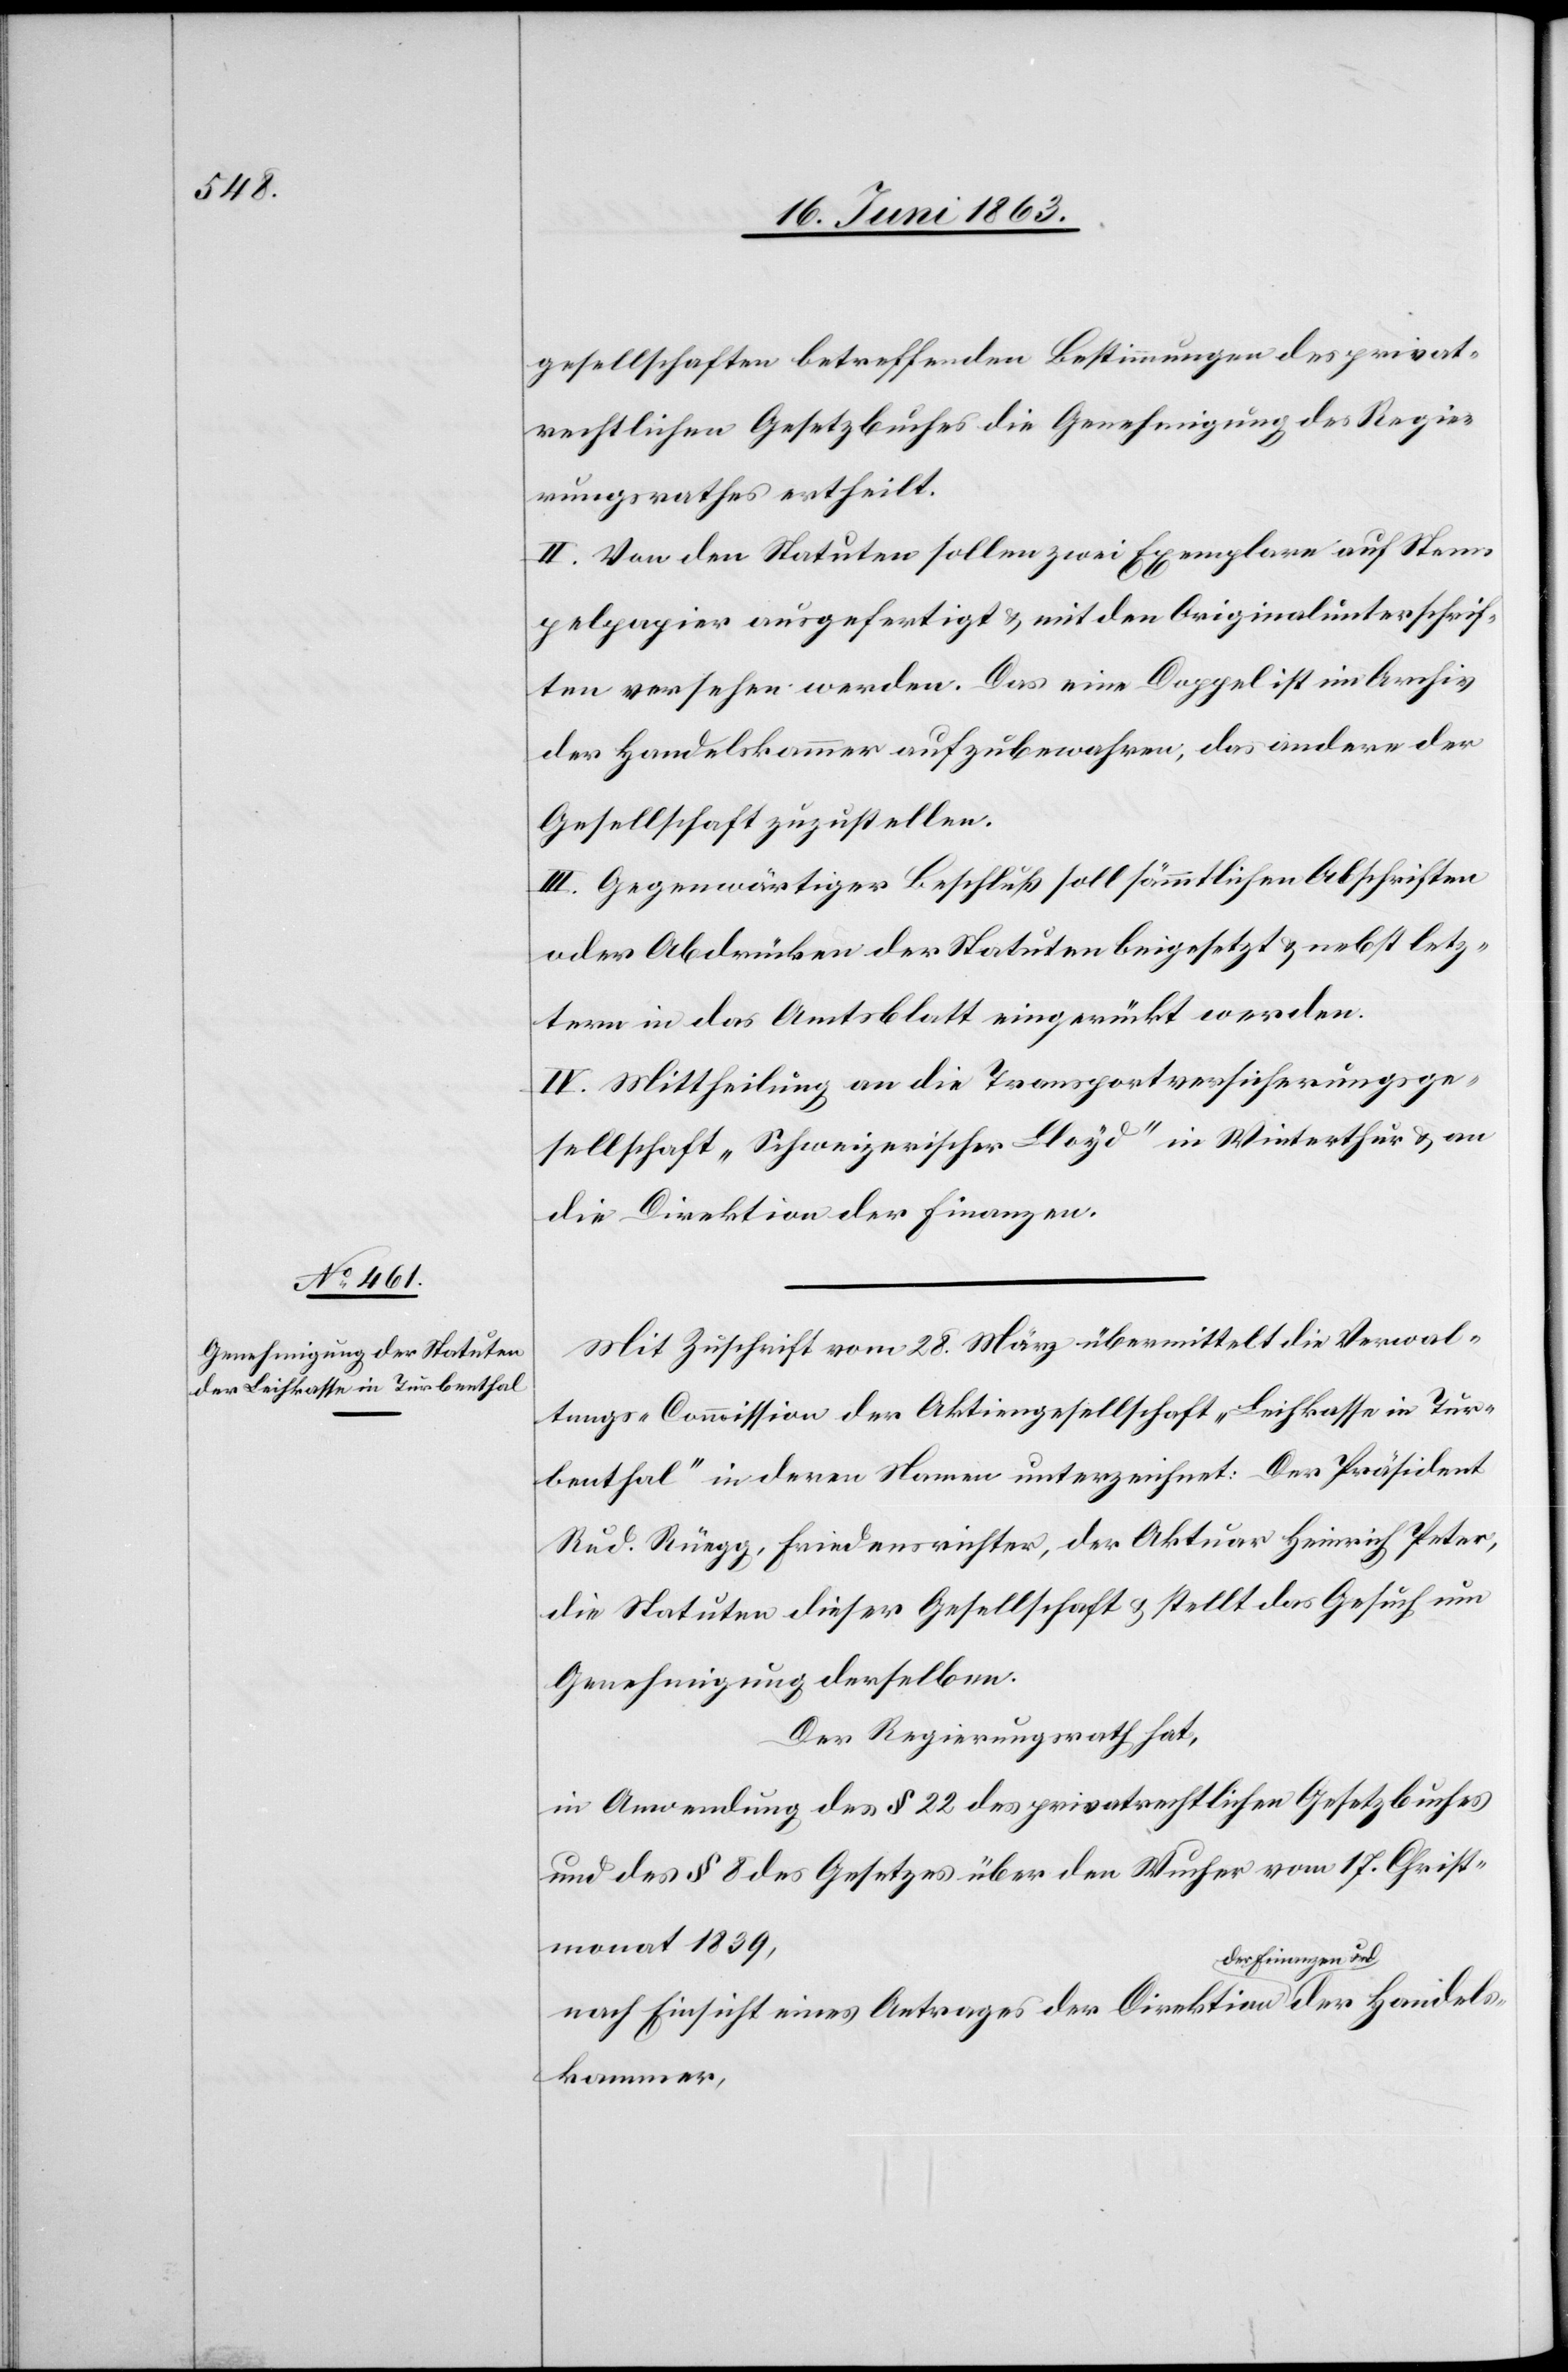
gesellschaften betreffenden Bestimmungen des privat¬
rechtlichen Gesetzbuches die Genehmigung des Regie¬
rungsrathes ertheilt.
II. Von den Statuten sollen zwei Exemplare auf Stem¬
pelpapier ausgefertigt & mit den Originalunterschrif¬
ten versehen werden. Das eine Doppel ist im Archiv
der Handelskammer aufzubewahren, das andere der
Gesellschaft zuzustellen.
III. Gegenwärtiger Beschluß soll sämmtlichen Abschriften
oder Abdrücken der Statuten beigesetzt & nebst letz¬
tern in das Amtsblatt eingerückt werden.
IV. Mittheilung an die Transportversicherungsge¬
sellschaft „Schweizerischer Lloyd“ in Winterthur & an
die Direktion der Finanzen.
Mit Zuschrift vom 28. März übermittelt die Verwal¬
tungs-Commission der Aktiengesellschaft „Leihkasse in Tur¬
benthal“ in deren Namen unterzeichnet: Der Präsident
Rud. Rüegg, Friedensrichter, der Aktuar Heinrich Peter,
die Statuten dieser Gesellschaft & stellt das Gesuch um
Genehmigung derselben.
Der Regierungsrath hat,
in Anwendung des § 22 des privatrechtlichen Gesetzbuches
und des § 8 des Gesetzes über den Wucher vom 17. Christ¬
monat 1839,
nach Einsicht eines Antrages der Direktion der Finanzen